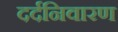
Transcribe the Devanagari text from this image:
दर्दनिवारण